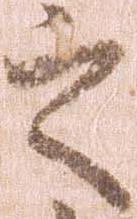
之